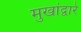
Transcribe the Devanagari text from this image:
मुखांद्वारे